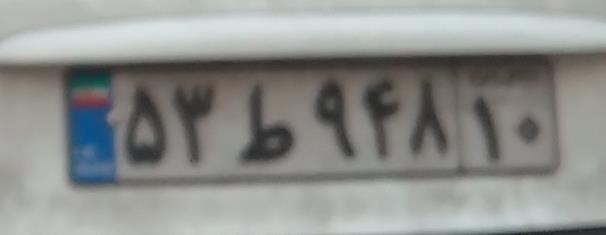
۵۳ط۹۴۸۱۰